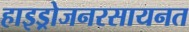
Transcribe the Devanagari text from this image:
हाइड्रोजनरसायनत